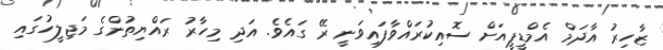
ޒާހިރު އާދަމް އެމްޑީޕީއަށް ސޮއިކުރައްވާފައިވަނީ ރޭ ގައެވެ. އަދި މިހާރު ރައްޔިތުންގެ މަޖިލީހުގައި